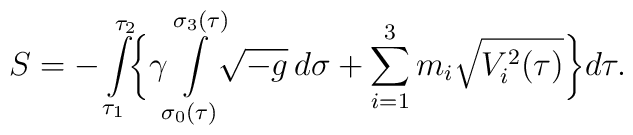
S=-\int\limits_{\tau_1}^{\tau_2}\!\biggl\{\gamma\!\int\limits_{\sigma_0(\tau)}^{\sigma_3(\tau)}\!\!\sqrt{-g}\,d\sigma+\sum_{i=1}^3m_i\sqrt{V_i^2(\tau)}\biggr\}d\tau.